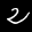
Label: 2